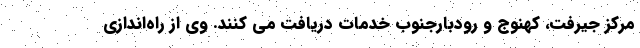
مرکز جیرفت، کهنوج و رودبارجنوب خدمات دریافت می کنند. وی از راه‌اندازی